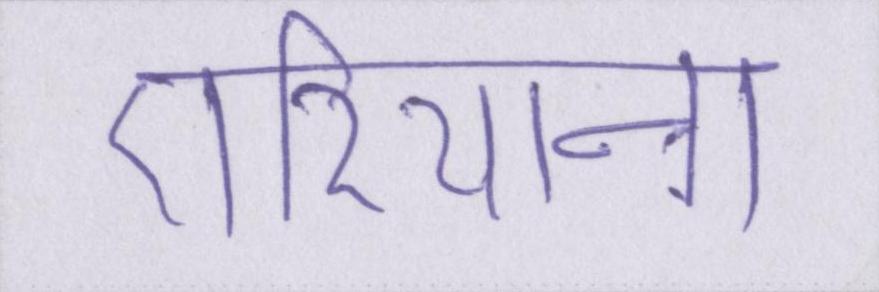
एरियाना